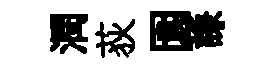
潤荻園謙